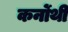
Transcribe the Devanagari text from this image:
कर्नोथी